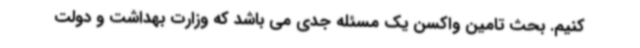
کنیم. بحث تامین واکسن یک مسئله جدی می باشد که وزارت بهداشت و دولت